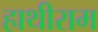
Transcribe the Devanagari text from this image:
हाथीराम